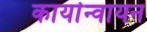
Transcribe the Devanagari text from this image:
कार्यान्वायन